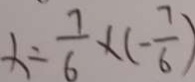
x = \frac { 7 } { 6 } \times ( - \frac { 7 } { 6 } )